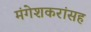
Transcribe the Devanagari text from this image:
मंगेशकरांसह